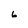
Character: 6